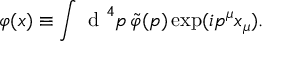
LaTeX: \varphi ( x ) \equiv \int \textrm { d } ^ { 4 } p \, \tilde { \varphi } ( p ) \exp ( i p ^ { \mu } x _ { \mu } ) .